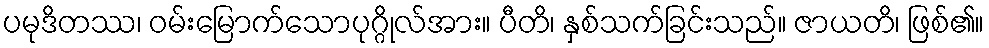
ပမုဒိတဿ၊ ဝမ်းမြောက်သောပုဂ္ဂိုလ်အား။ ပီတိ၊ နှစ်သက်ခြင်းသည်။ ဇာယတိ၊ ဖြစ်၏။